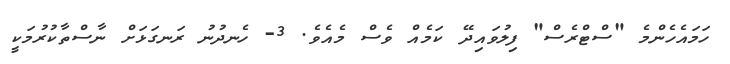
ހަމައެހެންމެ "ސްޓްރެސް" ފިލުވައިދޭ ކަމެއް ވެސް މެއެެވެ. 3- ހެނދުނު ރަނގަޅަށް ނާސްތާކުރުމަކީ